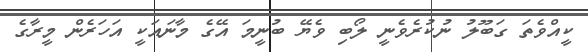
ކީއްވެތަ ގަބޫލު ނުކުރެވެނީ ލޯބި ވެޔޭ ބުނީމަ އޭގެ މާނައަކީ އަހަރެން މީރާގެ